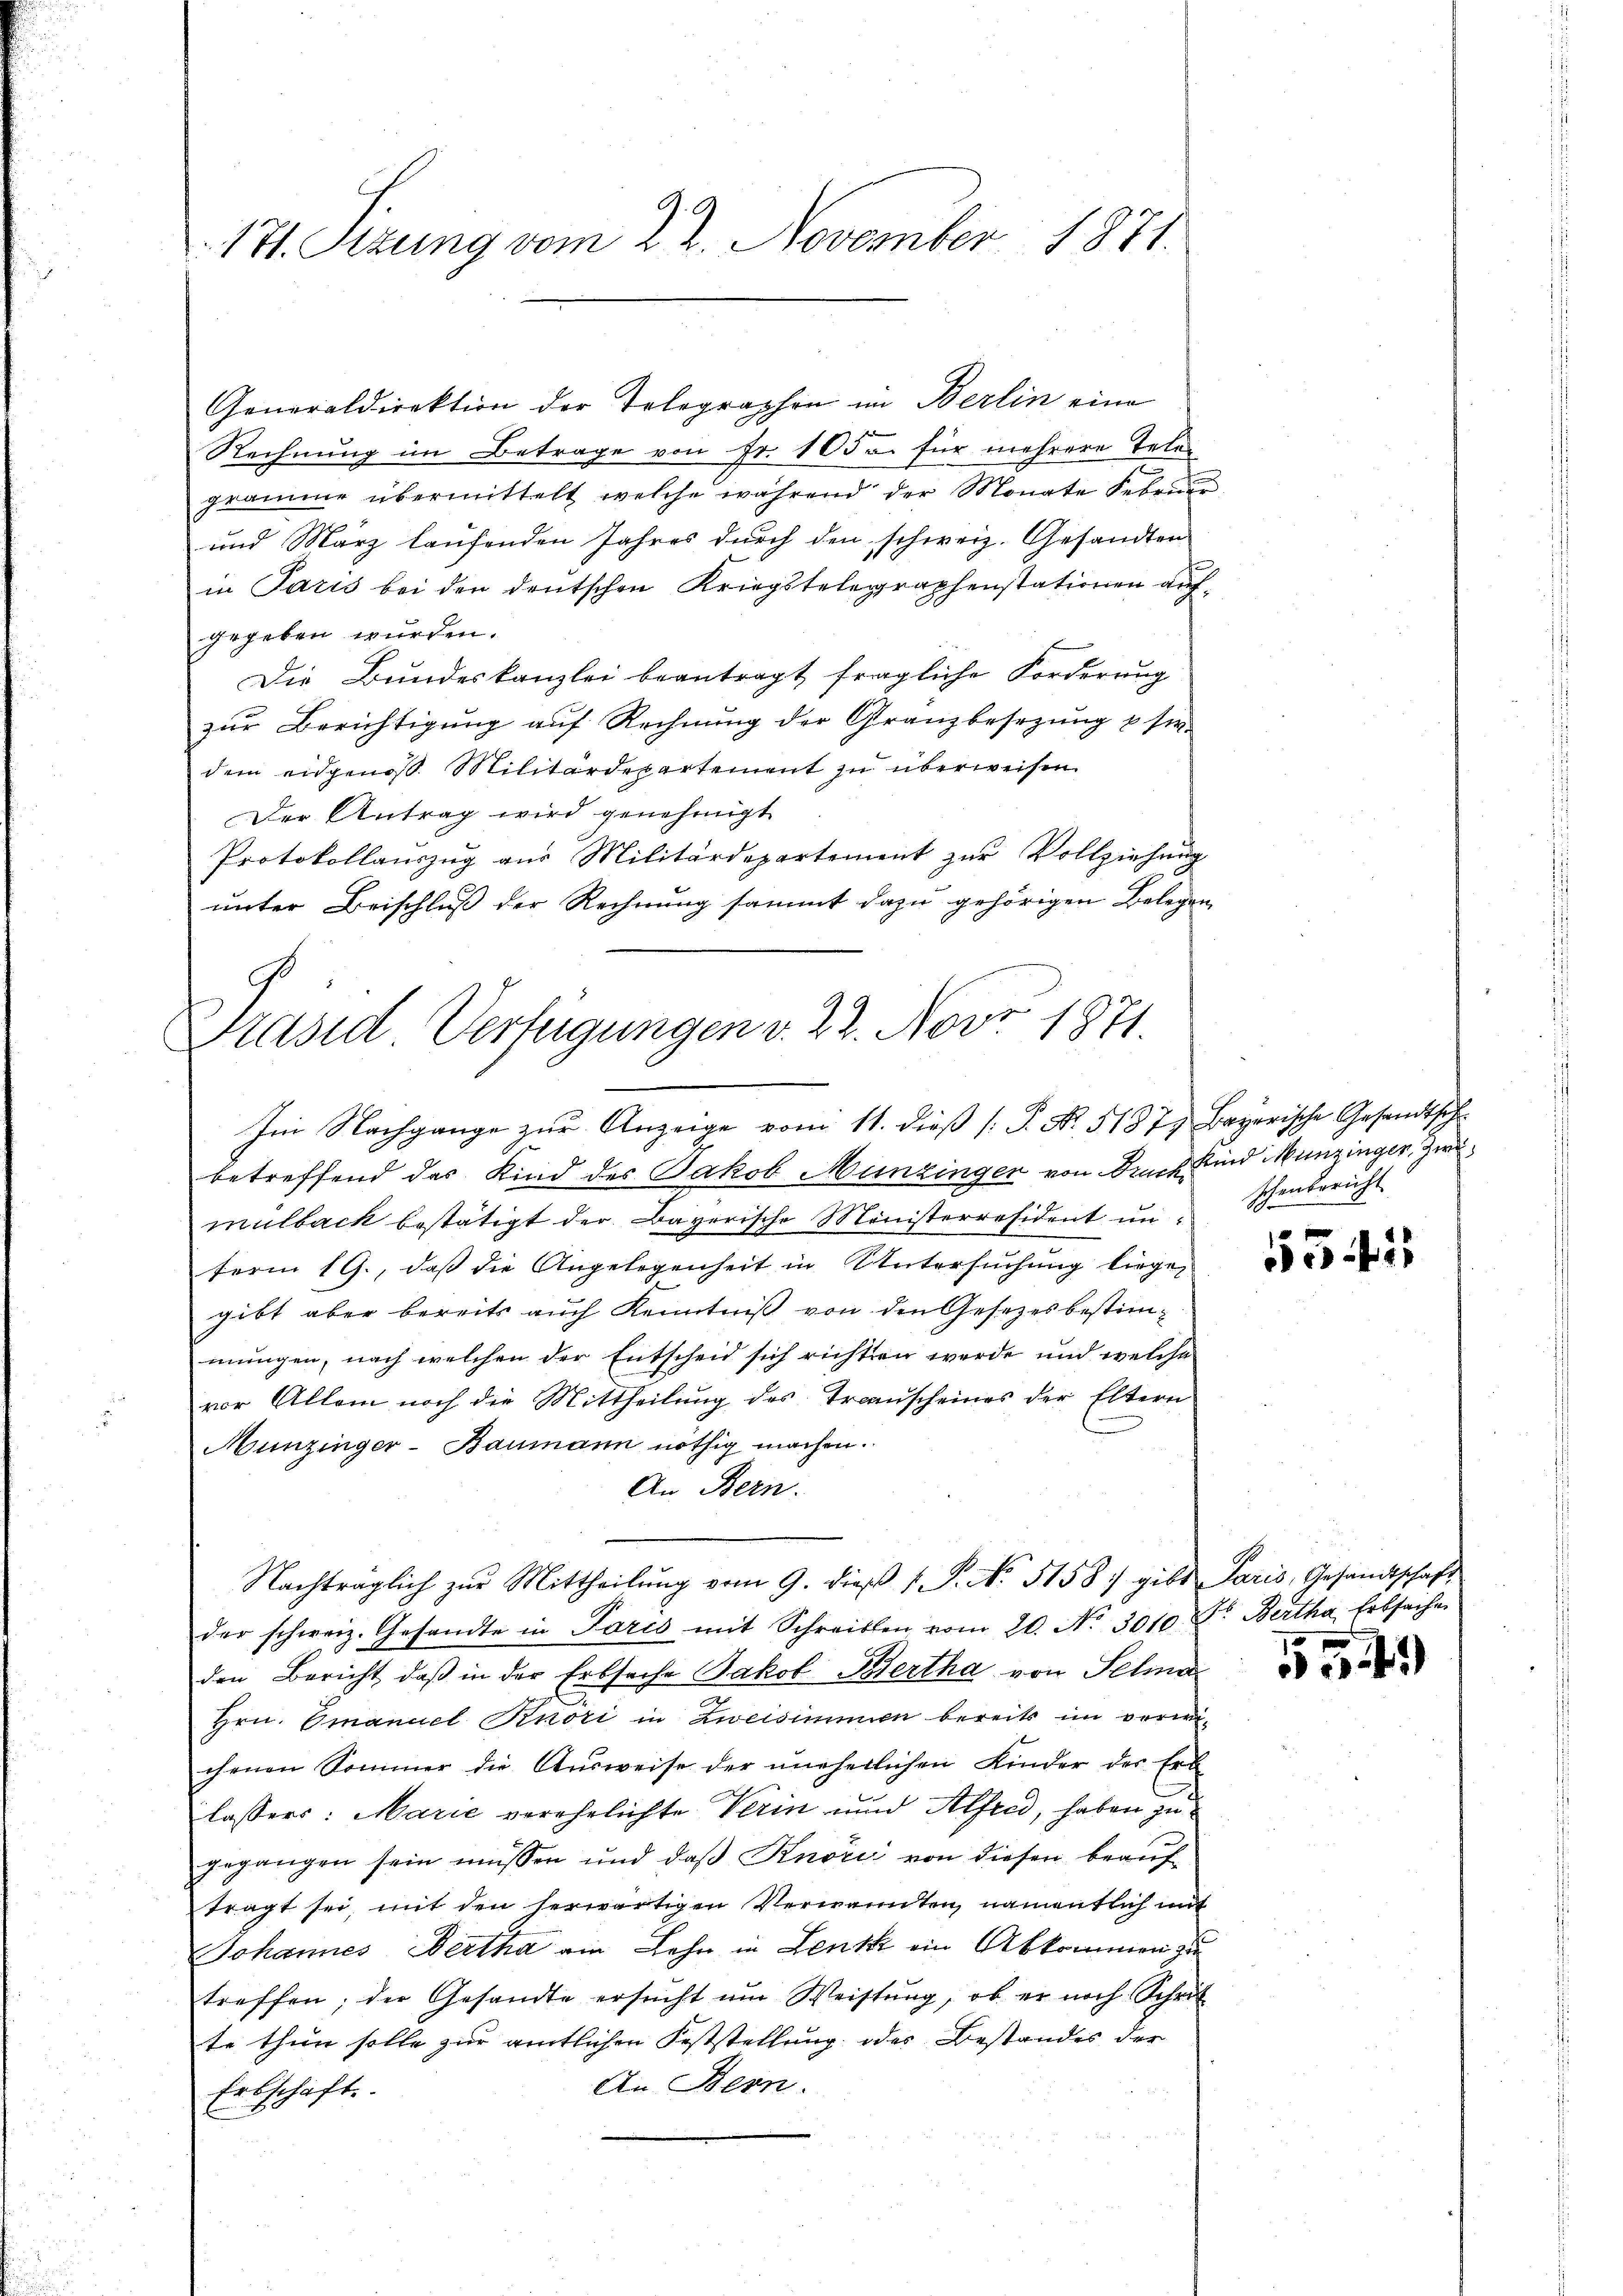
171. Sizung vom 22. November 1871.

Generaldirektion der Telegraphen im Berlin eine
Rechnung im Betrage von Fr. 105 u. für mehrere Telegramme übermittelt welche während der Monate Februar
und März laufenden Jahres durch den schweiz. Gesandten
in Paris bei den Deutschen Kriegstelegraphenstationen auf
gegeben wurden.
Die Bundeskanzlei beantragt fragliche Forderung
zur Berichtigung auf Rechnung der Granzbesezung & sie
dem eidgenoß. Militärdepartement zu überweisen.
Der Antrag wird genehmigt
Protokollauszug aus Militärdepartement zur Vollziehung
unter Beischluß der Rechnung sammt dazu gehörigen Belegen

Präsid Verfügungen v. 22. Nov 1871.

Im Nachgange zur Anzeige vom 11. dieß [P. Nr. 518 7. Bayerische Gesandtsche
betreffend das Kind des Jakob Münzingen von Druck sind Munzinger, Zwimulbach bestätigt der Bayerische Ministerresident unterm 19., daß die Angelegenheit in Untersuchung liegen
gibt aber bereits auch Kenntniß von den Gesetzes bestimmungen, nach welchen der Entscheid sich richten werde, und welche
vor Allem noch die Mittheilung des Transcheines der Eltern
Munzinger-Baumann nöthig machen.
An Bern.
Nachträglich zŭr Mittheilŭng vom 9. dieβ 1 S. No. 5158. gibt Paris, Gesandtschaft
der schweiz. Gesandte in Paris mit Schreiben vom 20. No 3010 Fr. Bertha, Erbsachen
den Bericht, daβ in der Erbsache Jakob Bertha von Selna
Hrn. Emanuel Kröri in Zweisimmen bereits im verwichenen Sommer die Aŭsweise der unehelichen Kinder der Erb-
lassers: Marie verehelichte Verin und Alfred, haben zu
gegangen sein müssen und daβ Knörii von diesen beaŭf
tragt sei, mit den herwärtigen Verwannten, namentlich mit
Johannes Wertha am Lehn in Lenk ein Abkommen zu
treffen; der Gesandte ersŭcht ŭm Weistŭng, ob er noch Schrit
te thun solle zur amtlichen Feststellung des Bestandes der
An Bern.
Erbschaft.

schenbericht

552

1794.